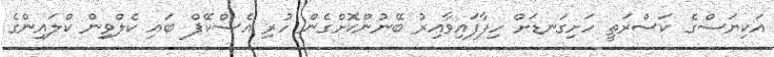
އަކިޔަސްގެ ކަސްރަތީ ހަށިގަނޑަށް ހިފާފައިވާއިރު ބޭނުންކޮށްގެން ހުރި އެސްކޭޕް ބައި ކެލްވިން ކްލައިންގެ